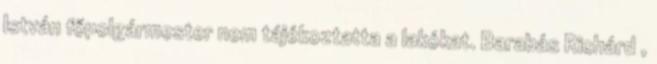
István főpolgármester nem tájékoztatta a lakókat. Barabás Richárd ,